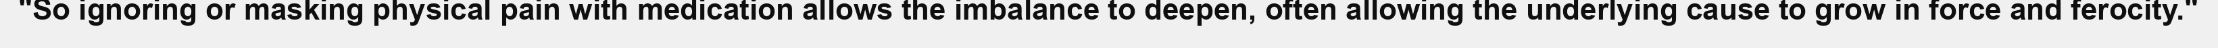
"So ignoring or masking physical pain with medication allows the imbalance to deepen, often allowing the underlying cause to grow in force and ferocity."